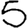
Digit: 5